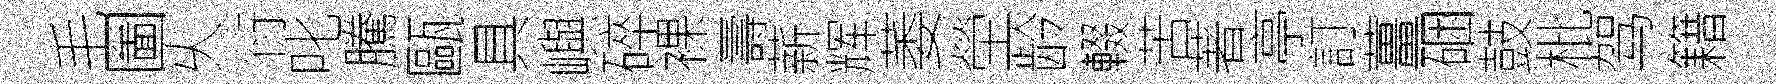
毛圗乆衍叱騰甌具嶼碎裸壽薪辉萎塋龄輟苦著亭訂薑硱鼓枇驾籍